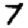
Digit: 7